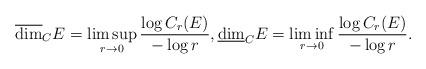
LaTeX: \begin{align*}\overline{\dim}_CE= \limsup_{r \to 0}\frac{\log C_r(E)}{-\log r}, \underline{\dim}_CE= \liminf_{r \to 0}\frac{\log C_r(E)}{-\log r}.\end{align*}